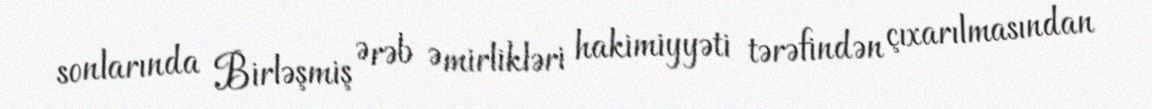
sonlarında Birləşmiş Ərəb Əmirlikləri hakimiyyəti tərəfindən çıxarılmasından